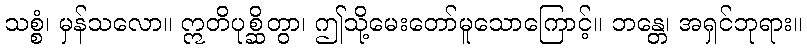
သစ္စံ၊ မှန်သလော။ ဣတိပုစ္ဆိတွာ၊ ဤသို့မေးတော်မူသောကြောင့်။ ဘန္တေ၊ အရှင်ဘုရား။